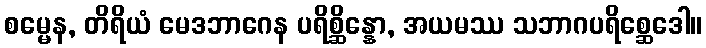
စမ္မေန, တိရိယံ မေဒဘာဂေန ပရိစ္ဆိန္နော, အယမဿ သဘာဂပရိစ္ဆေဒေါ။